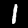
Digit: 1